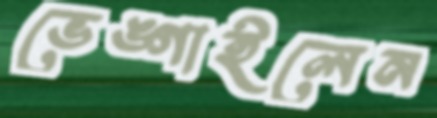
ভেঙ্গাইলেন